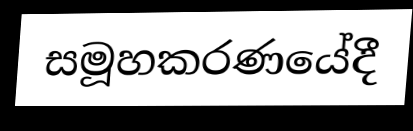
සමූහකරණයේදී